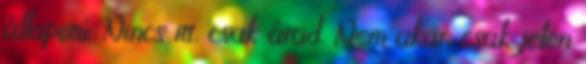
állapotú. Nincs itt, csak árad. Nem akar, csak jelen